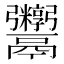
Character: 𬴻